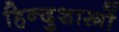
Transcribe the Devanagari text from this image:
हिन्दुशास्त्रों